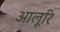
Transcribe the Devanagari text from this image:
आलूरि